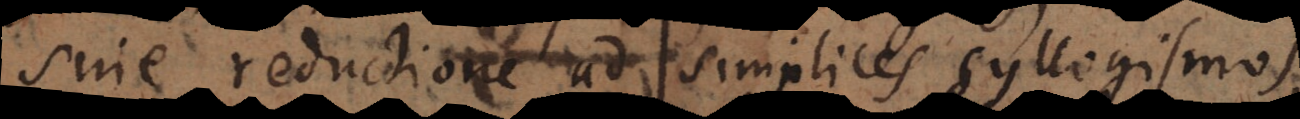
sine reductione ad simplices Verum